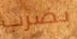
بضرب